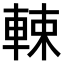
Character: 𨌛